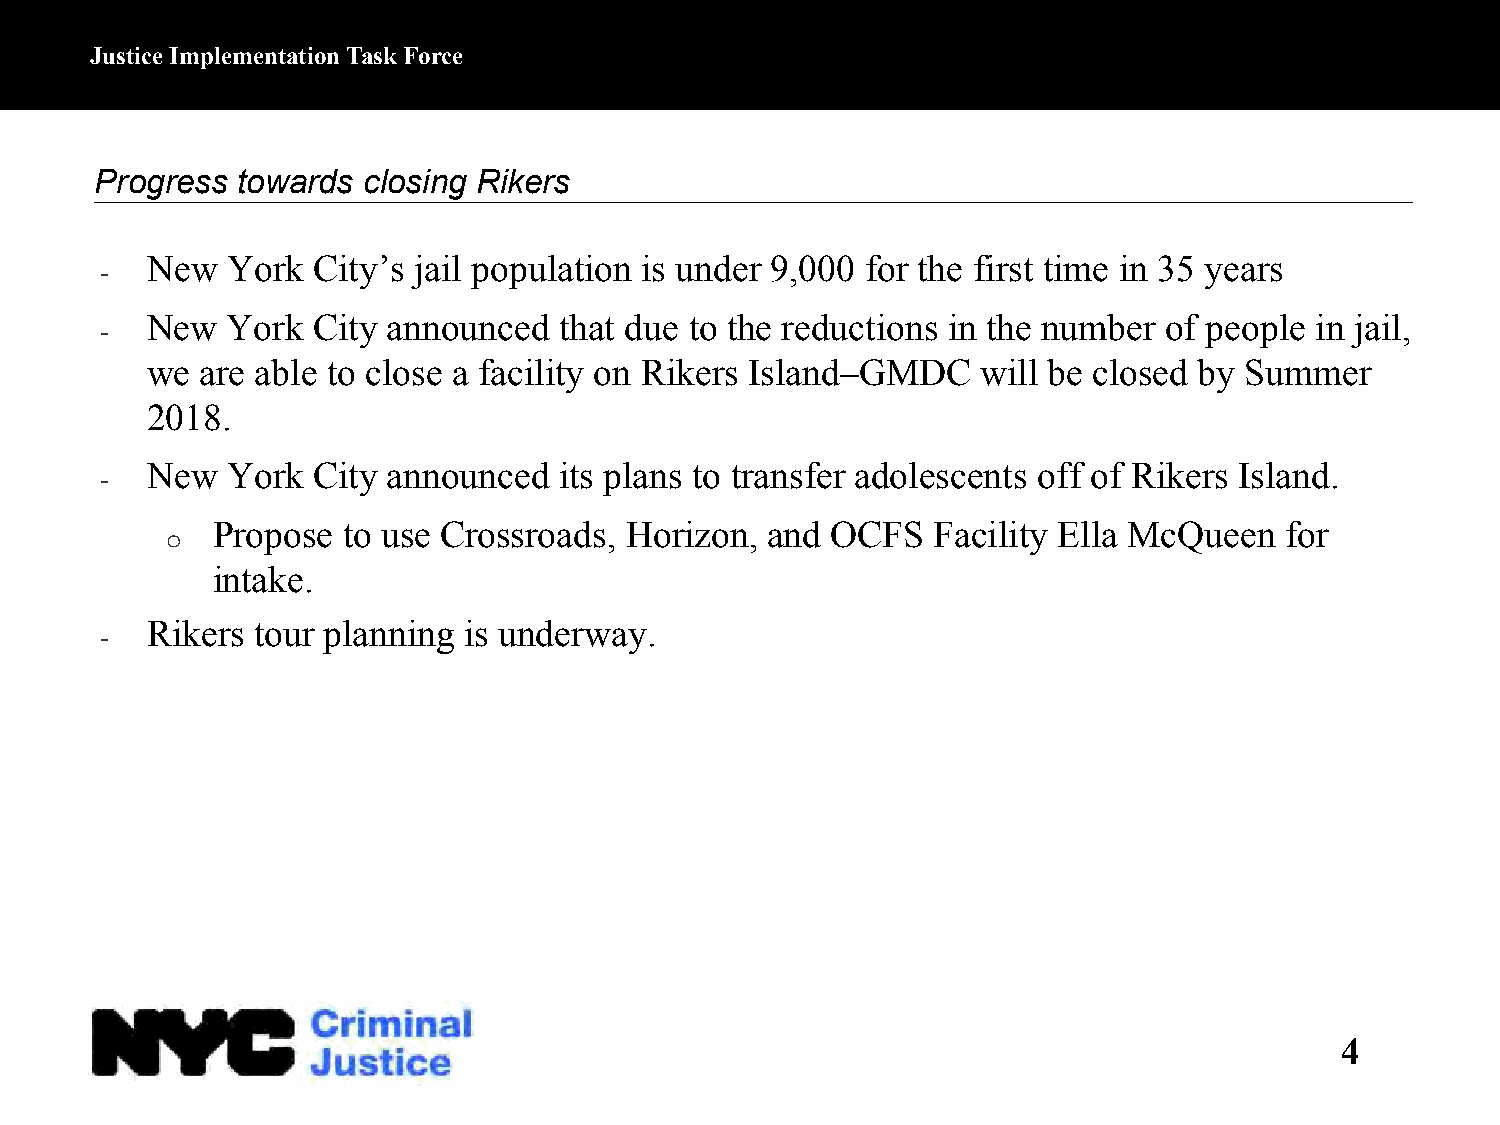
Justice Implementation Task Force
 Progress  towards closing Rikers
 New  York  City’s jail population is under 9,000 for the first time in 35 years
 -
 New  York  City announced  that due to the reductions in the number of people in jail,
 -
 we are able to close a facility on Rikers Island–GMDC  will be closed by Summer
 2018.
 New  York  City announced  its plans to transfer adolescents off of Rikers Island.
 -
 o  Propose  to use Crossroads, Horizon, and OCFS   Facility Ella McQueen  for
 intake.
 Rikers tour planning is underway.
 -
 4